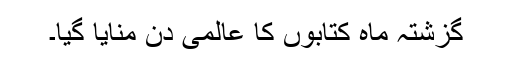
گزشتہ ماہ کتابوں کا عالمی دن منایا گیا۔